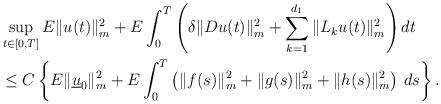
LaTeX: \begin{align*}&\sup_{t\in[0,T]}E\|u(t)\|_m^2+E\int_{0}^T\left(\delta\|Du(t)\|_m^2+\sum_{k=1}^{d_1}\|L_ku(t)\|_m^2\right)dt\\&\leq C\left\{E\|\underline{u}_0\|_m^2 + E\int_{0}^T \left(\|f(s)\|_m^2+\|g(s)\|_m^2+\|h(s)\|_m^2\right)\,ds\right\}. \end{align*}